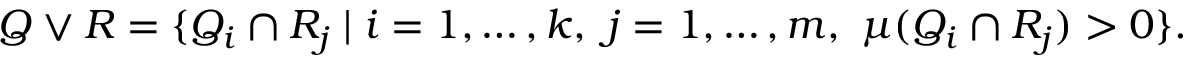
Q \vee R = \{ Q _ { i } \cap R _ { j } \mid i = 1 , \ldots , k , \ j = 1 , \ldots , m , \ \mu ( Q _ { i } \cap R _ { j } ) > 0 \} .